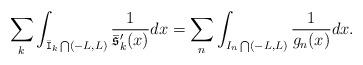
LaTeX: \begin{align*} \sum_{k} \int_{\bar{\mathtt{I}}_k\bigcap (-L, L)} \frac{1}{\bar{\mathfrak{s}}'_k(x)}dx = \sum_{n} \int_{I_n \bigcap (-L, L)} \frac{1}{g_n(x)}dx. \end{align*}